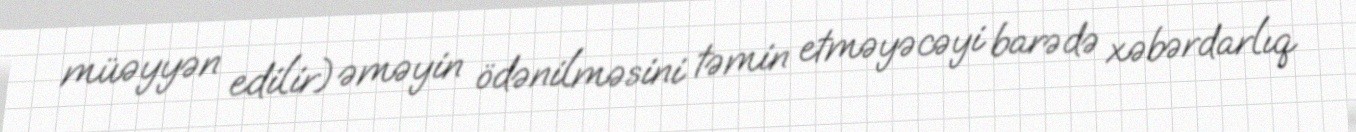
müəyyən edilir) əməyin ödənilməsini təmin etməyəcəyi barədə xəbərdarlıq